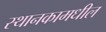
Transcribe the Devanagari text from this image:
स्थानकामधील